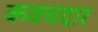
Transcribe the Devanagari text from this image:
कवचदार